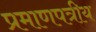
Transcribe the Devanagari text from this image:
प्रमाणपत्रीय